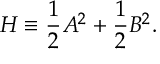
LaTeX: { \cal H } \equiv { \frac { 1 } { 2 } } { \cal A } ^ { 2 } + { \frac { 1 } { 2 } } { \cal B } ^ { 2 } .